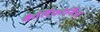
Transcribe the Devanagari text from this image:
कैर्लिफ़ोर्निअ